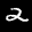
Label: 2